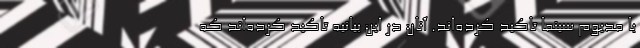
با مدیوم سینما تاکید کرده‌اند. آنان در این بیانیه تاکید کرده‌اند که